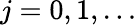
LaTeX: j=0,1,\ldots